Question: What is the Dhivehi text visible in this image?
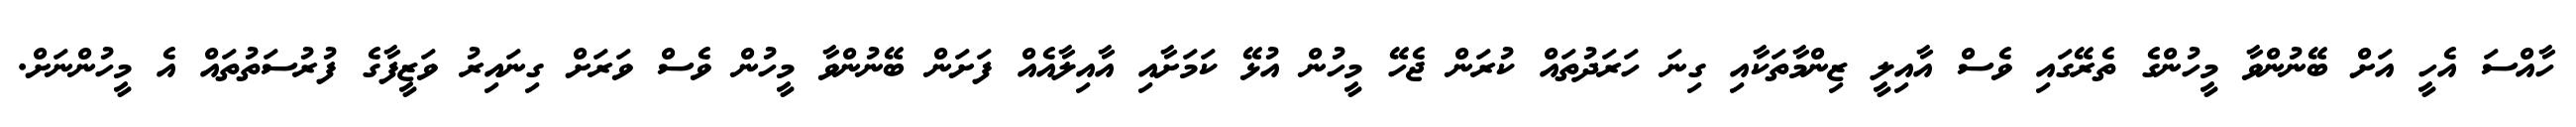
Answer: ހާއްސަ އެހީ އަށް ބޭނުންވާ މީހުންގެ ތެރޭގައި ވެސް އާއިލީ ޒިންމާތަކާއި ގިނަ ހަރަދުތައް ކުރަން ޖެހޭ މީހުން އުޅޭ ކަމަށާއި އާއިލާއެއް ފަށަން ބޭނުންވާ މީހުން ވެސް ވަރަށް ގިނައިރު ވަޒީފާގެ ފުރުސަތުތައް އެ މީހުންނަށް.